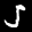
Label: 5